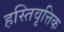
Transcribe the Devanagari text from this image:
हस्तिवृत्तिक